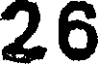
26